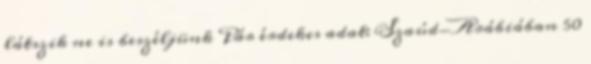
látszik ne is beszéljünk Pár érdekes adat: Szaúd-Arábiában 50